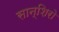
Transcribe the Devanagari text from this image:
सान्शिरो